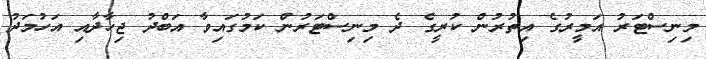
މިނިސްޓަރު އަމީރުގެ އިތުރުން ކުރީގެ ދެ މިނިސްޓަރުން ކަމުގައިވާ އަބްދު ޖިހާދާއި އަހުމަދު